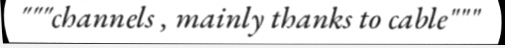
"""channels , mainly thanks to cable"""